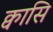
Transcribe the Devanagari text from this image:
क्वासि